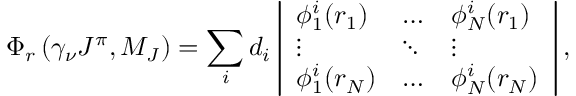
\Phi _ { r } \left( \gamma _ { \nu } J ^ { \pi } , M _ { J } \right) = \sum _ { i } d _ { i } \left| \begin{array} { l l l } { \phi _ { 1 } ^ { i } ( r _ { 1 } ) } & { \dots } & { \phi _ { N } ^ { i } ( r _ { 1 } ) } \\ { \vdots } & { \ddots } & { \vdots } \\ { \phi _ { 1 } ^ { i } ( r _ { N } ) } & { \dots } & { \phi _ { N } ^ { i } ( r _ { N } ) } \end{array} \right| ,